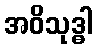
အဝိသုဒ္ဓါ